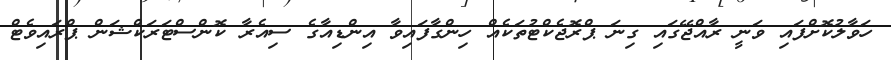
ހަވާލުކޮށްފައި ވަނީ ރާއްޖޭގައި ގިނަ ޕްރޮޖެކްޓުތަކެއް ހިންގާފައިވާ އިންޑިއާގެ ސިއެރާ ކޮންސްޓަރަކްޝަން ޕްރައިވެޓް